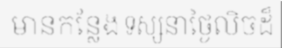
មានកន្លែង ទស្សនាថ្ងៃលិចដ៏